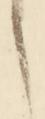
え